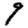
Digit: 9